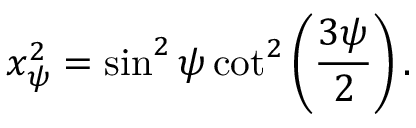
x _ { \psi } ^ { 2 } = \sin ^ { 2 } \psi \cot ^ { 2 } \left( \frac { 3 \psi } { 2 } \right) .